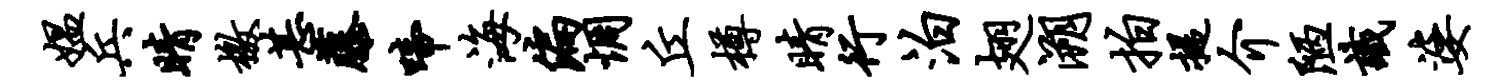
媪兵睛檄甚藤啼海偏惆丘樽睛行泊翅溯拍提介陋识婆